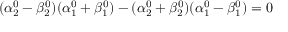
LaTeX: ( \alpha _ { 2 } ^ { 0 } - \beta _ { 2 } ^ { 0 } ) ( \alpha _ { 1 } ^ { 0 } + \beta _ { 1 } ^ { 0 } ) - ( \alpha _ { 2 } ^ { 0 } + \beta _ { 2 } ^ { 0 } ) ( \alpha _ { 1 } ^ { 0 } - \beta _ { 1 } ^ { 0 } ) = 0